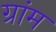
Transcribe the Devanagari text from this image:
ग्रांम